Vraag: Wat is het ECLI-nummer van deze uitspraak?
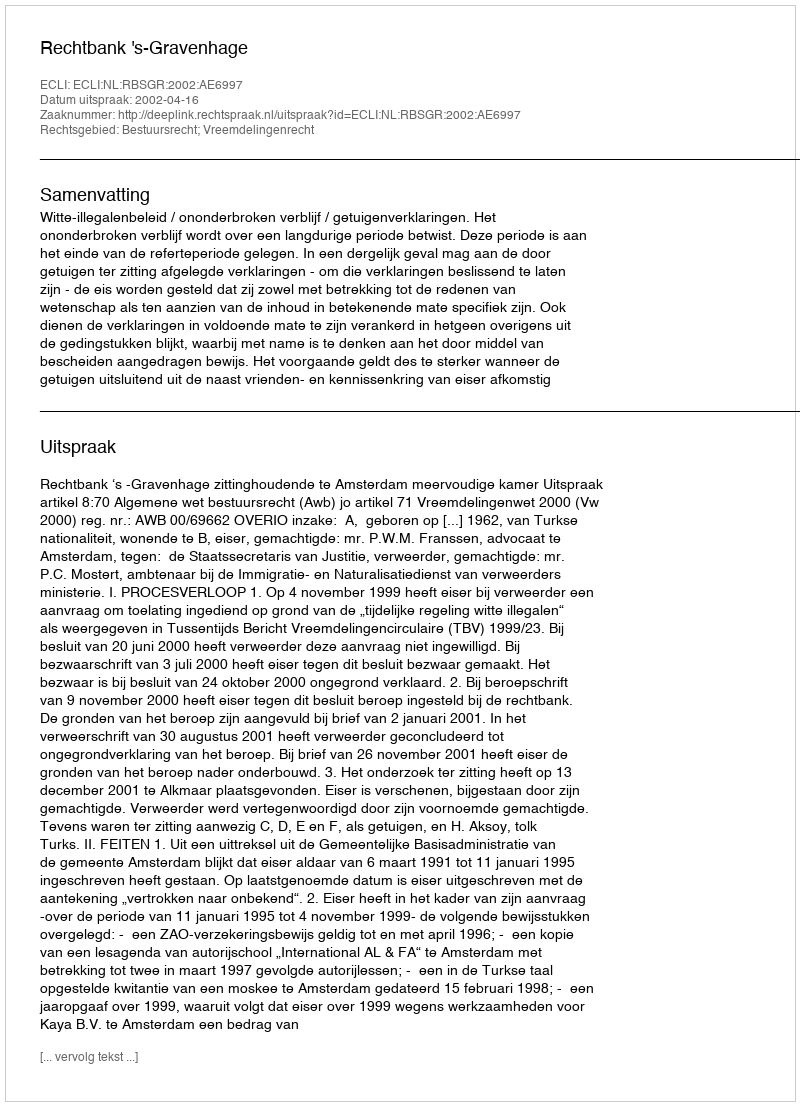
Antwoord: ECLI:NL:RBSGR:2002:AE6997